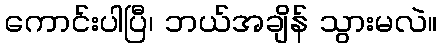
ကောင်းပါပြီ၊ ဘယ်အချိန် သွားမလဲ။